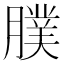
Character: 𦢂